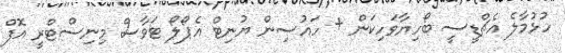
ހުޅުމާލެ އެޗްޑީސީ ބޯހިޔާވަހިކަން + ހައުސިން ޔުނިޓް އެޕޯލޯ ޓަވާސް މިނިސްޓްރީ އޮފް